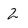
Character: 2